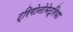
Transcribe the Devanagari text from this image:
ट्रिगोनोमेट्रिया